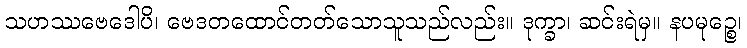
သဟဿဗေဒေါပိ၊ ဗေဒတထောင်တတ်သောသူသည်လည်း။ ဒုက္ခာ၊ ဆင်းရဲမှ။ နပမုဉ္စေ၊